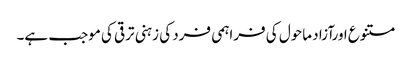
متنوع اورآزاد ماحول کی فراہمی فرد کی زہنی ترقی کی موجب ہے۔